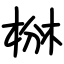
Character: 椕